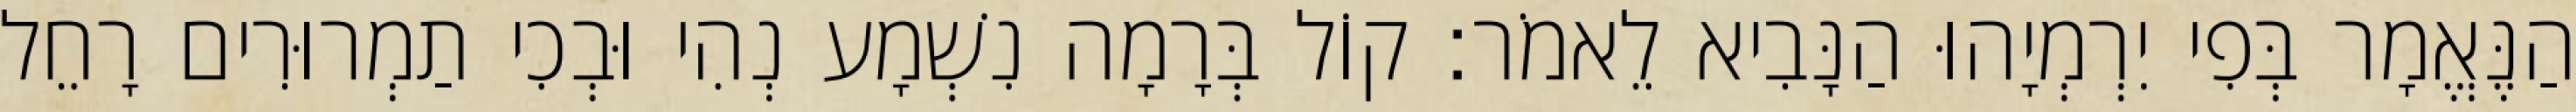
הַנֶּאֱמָר בְּפִי יִרְמְיָהוּ הַנָּבִיא לֵאמֹר׃ קוֹל בְּרָמָה נִשְׁמָע נְהִי וּבְכִי תַמְרוּרִים רָחֵל